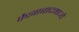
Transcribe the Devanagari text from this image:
फैझाबादमध्ये